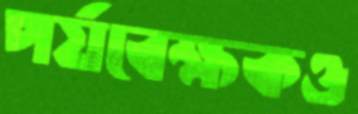
পর্যবেক্ষকও